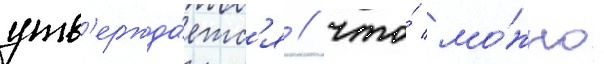
утв'ержда́етс'я / что́ мо́жно